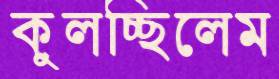
কুলচ্ছিলেম